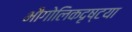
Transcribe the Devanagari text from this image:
भौगोलिकदृष्टया